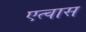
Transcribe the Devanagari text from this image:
एत्वास